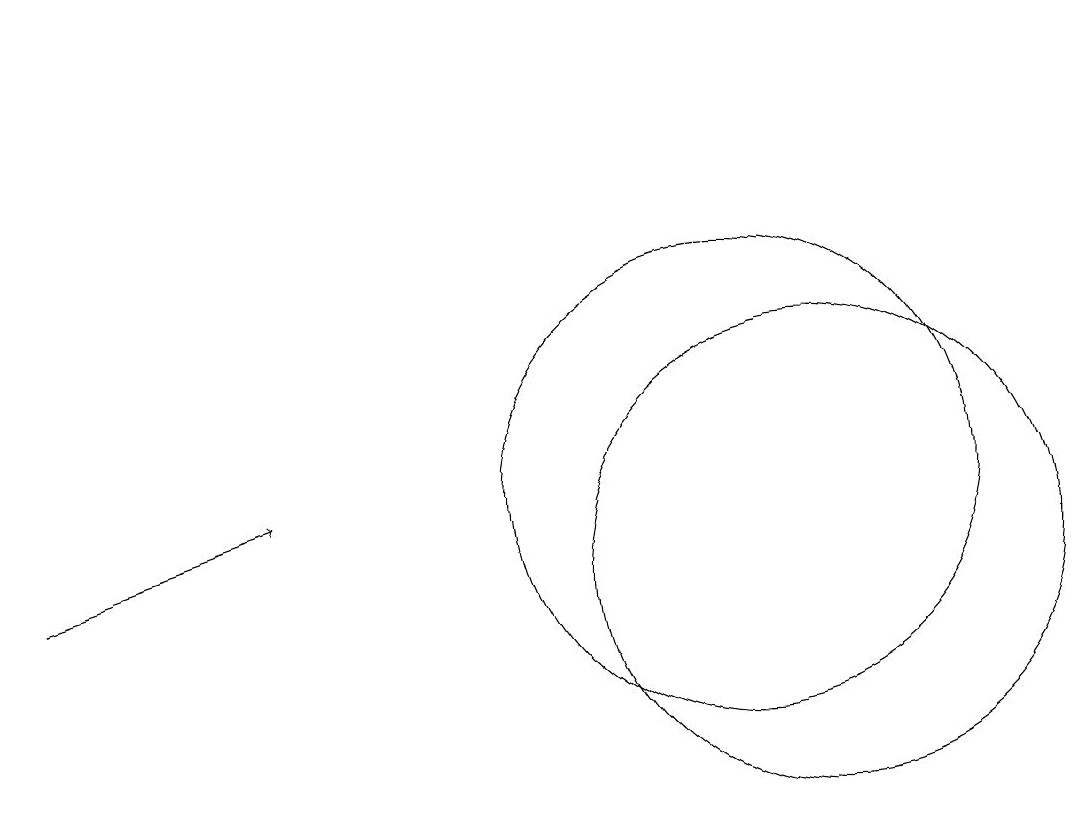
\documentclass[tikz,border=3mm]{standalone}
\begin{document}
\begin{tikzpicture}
\draw (11,10) circle (3);
\draw (10,11) circle (3);
\draw[->] (1,10) -- (4,11);
\draw[->] (1,16) -- (1,17);
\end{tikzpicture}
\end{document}